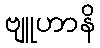
ဗျူဟာနိ